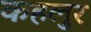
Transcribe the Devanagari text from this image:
कहलुर